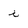
Character: i